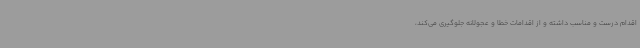
اقدام درست و مناسب داشته و از اقدامات خطا و عجولانه جلوگیری می‌کند،